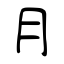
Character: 月